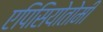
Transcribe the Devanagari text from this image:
एपिसियोतोमी